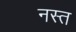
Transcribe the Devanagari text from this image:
नस्त